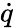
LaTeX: \dot{q}